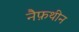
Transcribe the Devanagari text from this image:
नैफ़थीन